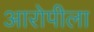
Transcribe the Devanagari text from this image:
आरोपीला